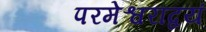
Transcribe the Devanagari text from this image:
परमेश्वराद्वयं